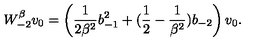
W _ { - 2 } ^ { \beta } v _ { 0 } = \left( \frac { 1 } { 2 \beta ^ { 2 } } b _ { - 1 } ^ { 2 } + ( \frac { 1 } { 2 } - \frac { 1 } { \beta ^ { 2 } } ) b _ { - 2 } \right) v _ { 0 } .